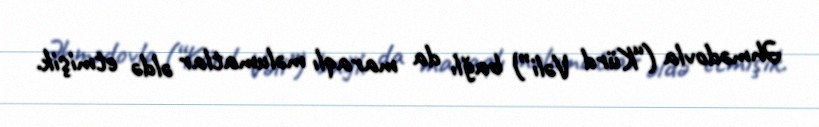
Əhmədovla (“Kürd Vəli”) bağlı da maraqlı məlumatlar əldə etmişik.